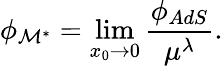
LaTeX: \phi_{\cal M^{*}}=\operatorname*{lim}_{x_{0}\to 0}{\frac{\phi_{AdS}}{\mu^{\lambda}}}.